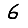
Digit: 6